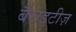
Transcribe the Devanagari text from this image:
बैराइटीज़